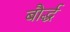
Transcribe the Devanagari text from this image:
बौर्द्ध